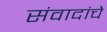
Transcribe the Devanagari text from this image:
संवादांचे